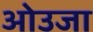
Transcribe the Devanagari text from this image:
ओउजा